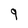
Character: 9